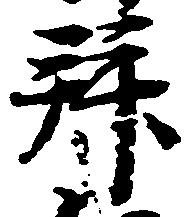
拝